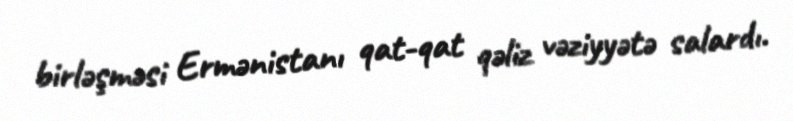
birləşməsi Ermənistanı qat-qat qəliz vəziyyətə salardı.